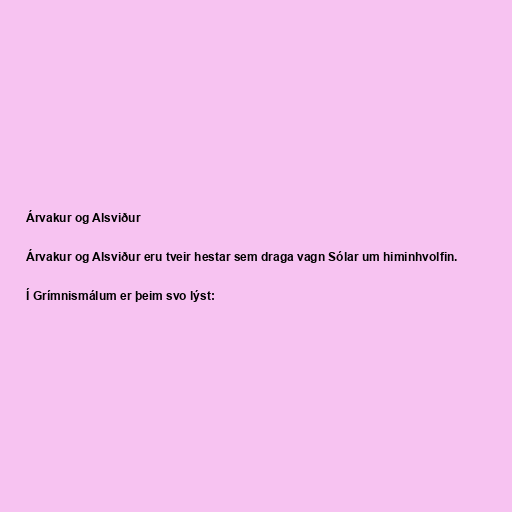
Árvakur og Alsviður

Árvakur og Alsviður eru tveir hestar sem draga vagn Sólar um himinhvolfin.

Í Grímnismálum er þeim svo lýst: